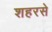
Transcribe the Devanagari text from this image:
शहरसे